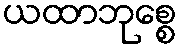
ယထာဘုစ္စေ